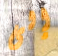
إلى